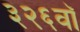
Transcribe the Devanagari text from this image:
३२६वॉ